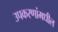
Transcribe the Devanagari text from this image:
उपकरणांमधील